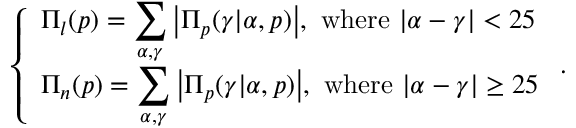
\left\{ \begin{array} { l l } { \Pi _ { l } ( p ) = \displaystyle \sum _ { \alpha , \gamma } \big \vert \Pi _ { p } ( \gamma \vert \alpha , p ) \big \vert , \mathrm { ~ w h e r e ~ } \vert \alpha - \gamma \vert < 2 5 } \\ { \Pi _ { n } ( p ) = \displaystyle \sum _ { \alpha , \gamma } \big \vert \Pi _ { p } ( \gamma \vert \alpha , p ) \big \vert , \mathrm { ~ w h e r e ~ } \vert \alpha - \gamma \vert \ge 2 5 } \end{array} \right. .